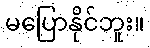
မပြောနိုင်ဘူး။